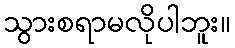
သွားစရာမလိုပါဘူး။